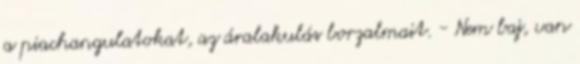
a piachangulatokat, az áralakulás borzalmait. - Nem baj, van